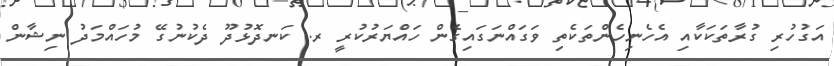
އަގުހުރި ގުރާތަކަކާއި އެހެނިހެންތަކެތި ވަގައްނަގައިގެން ހައްޔަރުކުރީ ރ. ކަނދޮޅުދޫ ދެކުނުގޭ މުހައްމަދު ނިޝާން